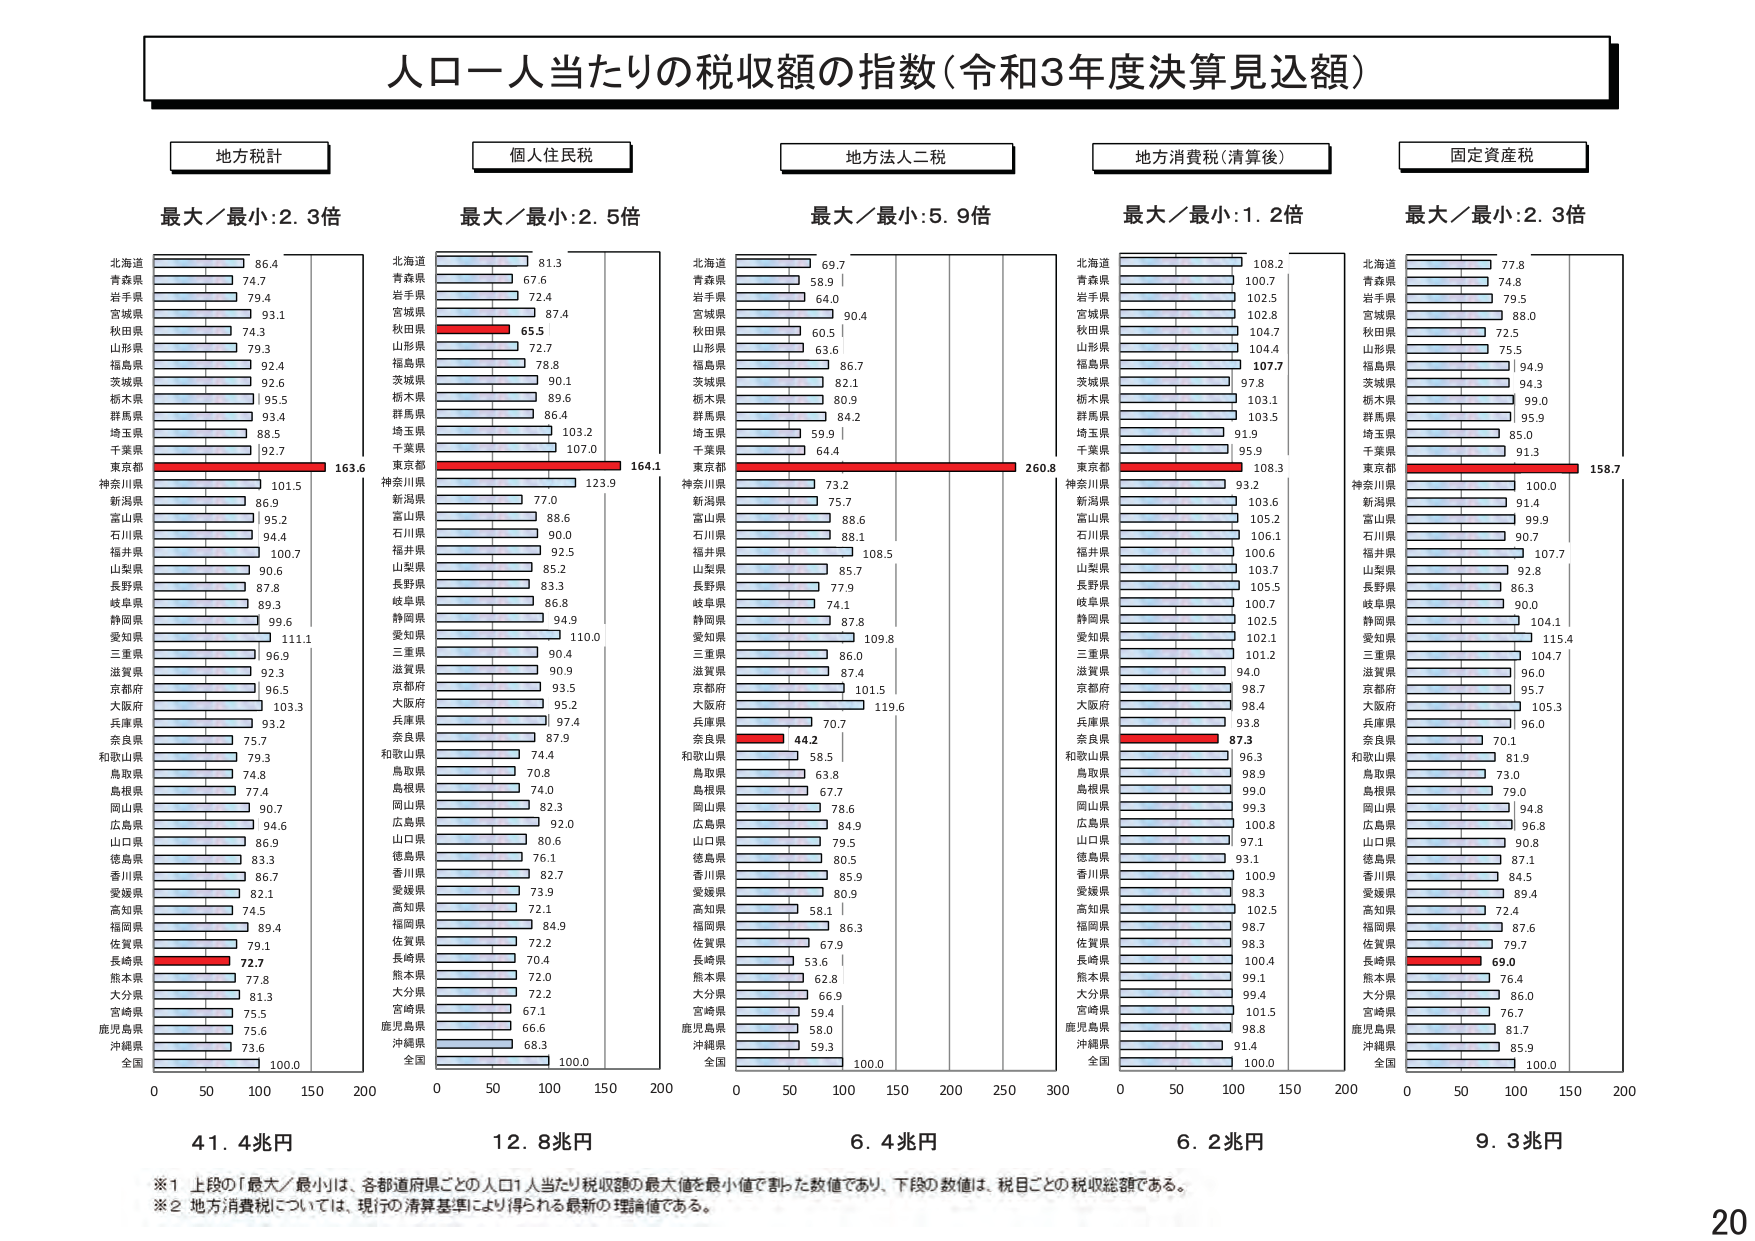
人口一人当たりの税収額の指数（令和3年度決算見込額）

地方税計
最大／最小：2.3倍
北海道 86.4
青森県 74.7
岩手県 79.4
宮城県 93.1
秋田県 74.3
山形県 79.3
福島県 92.4
茨城県 92.6
栃木県 95.5
群馬県 93.4
埼玉県 88.5
千葉県 92.7
東京都 163.6
神奈川県 101.5
新潟県 86.9
富山県 95.2
石川県 94.4
福井県 100.7
山梨県 90.6
長野県 87.8
岐阜県 89.3
静岡県 99.6
愛知県 111.1
三重県 96.9
滋賀県 92.3
京都府 96.5
大阪府 103.3
兵庫県 93.2
奈良県 75.9
和歌山県 79.3
鳥取県 74.8
島根県 77.4
岡山県 90.7
広島県 94.6
山口県 86.9
徳島県 83.3
香川県 86.7
愛媛県 82.1
高知県 74.5
福岡県 89.4
佐賀県 79.1
長崎県 72.7
熊本県 77.8
大分県 81.3
宮崎県 75.5
鹿児島県 75.6
沖縄県 73.6
全国 100.0

個人住民税
最大／最小：2.5倍
北海道 81.3
青森県 67.6
岩手県 72.4
宮城県 87.4
秋田県 65.5
山形県 72.7
福島県 78.8
茨城県 90.1
栃木県 89.6
群馬県 86.4
埼玉県 103.2
千葉県 107.0
東京都 164.1
神奈川県 123.9
新潟県 77.0
富山県 88.6
石川県 90.0
福井県 92.5
山梨県 85.2
長野県 83.3
岐阜県 86.8
静岡県 94.9
愛知県 110.0
三重県 90.4
滋賀県 90.9
京都府 93.5
大阪府 95.2
兵庫県 87.4
奈良県 87.9
和歌山県 74.4
鳥取県 70.8
島根県 74.0
岡山県 82.3
広島県 92.0
山口県 80.6
徳島県 76.1
香川県 82.7
愛媛県 73.9
高知県 72.1
福岡県 84.9
佐賀県 72.2
長崎県 70.4
熊本県 72.0
大分県 72.2
宮崎県 67.1
鹿児島県 66.6
沖縄県 68.3
全国 100.0

地方法人二税
最大／最小：5.9倍
北海道 69.7
青森県 58.9
岩手県 64.0
宮城県 90.4
秋田県 60.5
山形県 63.6
福島県 86.7
茨城県 82.1
栃木県 80.9
群馬県 84.2
埼玉県 59.9
千葉県 64.4
東京都 260.8
神奈川県 73.2
新潟県 75.7
富山県 88.6
石川県 88.1
福井県 108.5
山梨県 85.7
長野県 77.9
岐阜県 74.1
静岡県 87.8
愛知県 109.8
三重県 86.0
滋賀県 87.4
京都府 101.5
大阪府 119.6
兵庫県 70.7
奈良県 44.2
和歌山県 58.5
鳥取県 63.8
島根県 67.7
岡山県 78.6
広島県 84.9
山口県 79.5
徳島県 80.5
香川県 85.9
愛媛県 80.9
高知県 58.1
福岡県 86.3
佐賀県 67.9
長崎県 53.6
熊本県 62.8
大分県 66.9
宮崎県 59.4
鹿児島県 58.0
沖縄県 59.3
全国 100.0

地方消費税（清算後）
最大／最小：1.2倍
北海道 108.2
青森県 100.7
岩手県 102.5
宮城県 102.8
秋田県 104.7
山形県 104.4
福島県 107.7
茨城県 97.8
栃木県 103.1
群馬県 103.5
埼玉県 91.9
千葉県 95.9
東京都 108.3
神奈川県 93.2
新潟県 103.6
富山県 105.2
石川県 106.1
福井県 100.6
山梨県 103.7
長野県 105.5
岐阜県 100.7
静岡県 102.5
愛知県 102.1
三重県 101.2
滋賀県 94.0
京都府 98.7
大阪府 98.4
兵庫県 93.8
奈良県 87.3
和歌山県 96.3
鳥取県 98.9
島根県 99.0
岡山県 99.3
広島県 100.8
山口県 97.1
徳島県 93.1
香川県 100.9
愛媛県 98.3
高知県 102.5
福岡県 98.7
佐賀県 98.3
長崎県 100.4
熊本県 99.1
大分県 99.4
宮崎県 101.5
鹿児島県 98.8
沖縄県 91.4
全国 100.0

固定資産税
最大／最小：2.3倍
北海道 77.8
青森県 74.8
岩手県 79.5
宮城県 88.0
秋田県 72.5
山形県 75.5
福島県 94.9
茨城県 94.3
栃木県 99.0
群馬県 95.9
埼玉県 85.0
千葉県 91.3
東京都 158.7
神奈川県 100.0
新潟県 91.4
富山県 99.9
石川県 90.7
福井県 107.7
山梨県 92.8
長野県 86.3
岐阜県 90.0
静岡県 104.1
愛知県 115.4
三重県 104.7
滋賀県 96.0
京都府 95.7
大阪府 105.3
兵庫県 96.0
奈良県 70.1
和歌山県 81.9
鳥取県 73.0
島根県 79.0
岡山県 94.8
広島県 96.8
山口県 90.8
徳島県 87.1
香川県 84.5
愛媛県 89.4
高知県 72.4
福岡県 87.6
佐賀県 79.7
長崎県 69.0
熊本県 76.4
大分県 86.0
宮崎県 76.7
鹿児島県 81.7
沖縄県 85.9
全国 100.0

0 50 100 150 200
41.4兆円

0 50 100 150 200
12.8兆円

0 50 100 150 200 250 300
6.4兆円

0 50 100 150 200
6.2兆円

0 50 100 150 200
9.3兆円

※1 上段の「最大／最小」は、各都道府県ごとの人口1人当たり税収額の最大値を最小値で割った数値であり、下段の数値は、税目ごとの税収総額である。
※2 地方消費税については、現行の清算基準により得られる最新の理論値である。

20